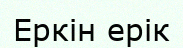
Еркін ерік